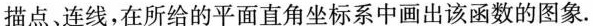
描点、连线，在所给的平面直角坐标系中画出该函数的图像.